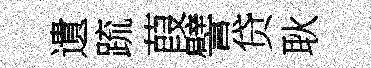
遺䟽葭譬贷耿